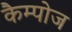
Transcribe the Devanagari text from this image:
कैम्पोज